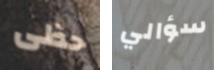
حظى سؤالي